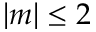
| m | \le 2